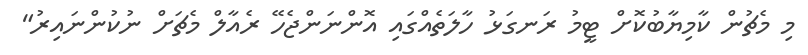
މި މެޗުން ކާމިޔާބުކޮށް ޓީމު ރަނގަޅު ހާލަތެއްގައި އޮންނަންޖެހޭ ރެއާލް މެޗަށް ނުކުންނައިރު"